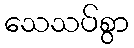
သေသပ်စွာ